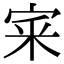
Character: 宷